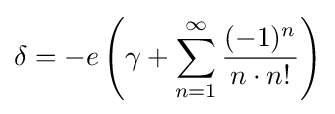
\delta =-e\left(\gamma +\sum _{n=1}^{\infty }{\frac {(-1)^{n}}{n\cdot n!}}\right)